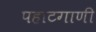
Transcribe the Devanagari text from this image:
पहाटगाणी